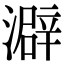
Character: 澼